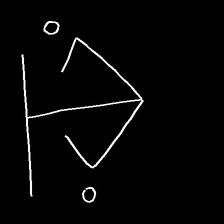
Glyph: earth